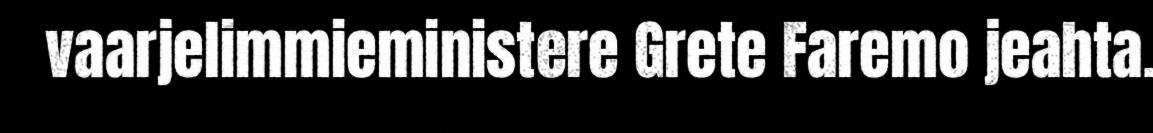
vaarjelimmieministere Grete Faremo jeahta.